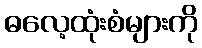
ဓလေ့ထုံးစံများကို